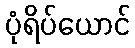
ပုံရိပ်ယောင်